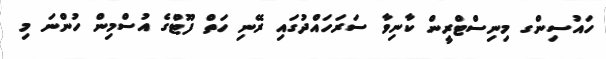
ހައުސިންގ މިނިސްޓްރީން ކާނިވާ ސަރަހައްދުގައި ރޭނި ހަތް ފޫޓްގެ އުސްމިން ހުންނަ މި